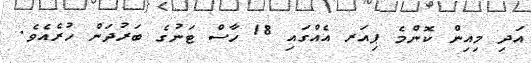
އަދި މިއިން ކޮންމެ ޕިއަރ އެއްގައި 18 ހާސް ޓަނުގެ ބަރުދަން ހުރެއެވެ.